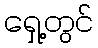
ရှေ့တွင်